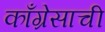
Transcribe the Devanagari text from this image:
काँग्रेसाची